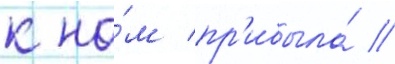
к на́м пр'ибыла́ /